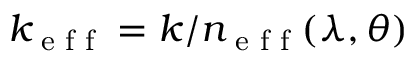
k _ { \textrm { e f f } } = k / n _ { \textrm { e f f } } ( \lambda , \theta )